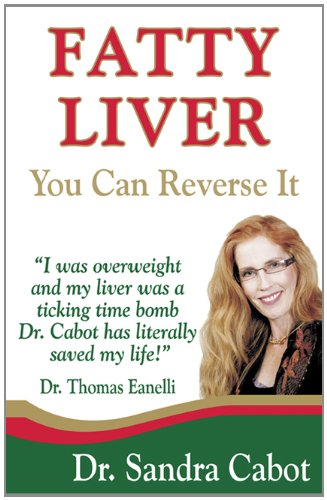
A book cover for Fatty Liver: You Can Reverse It; Sandra Cabot M.D.; Health, Fitness & Dieting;